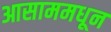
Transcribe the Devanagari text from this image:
आसाममधून